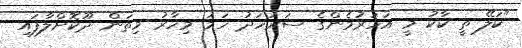
"ކަލޭ ތީ ކާކު މީ އަހަރުމެންގެ ސަރަހަދު ހަމަ މިހާރު މިތަން ދޫކޮށްލާފައި